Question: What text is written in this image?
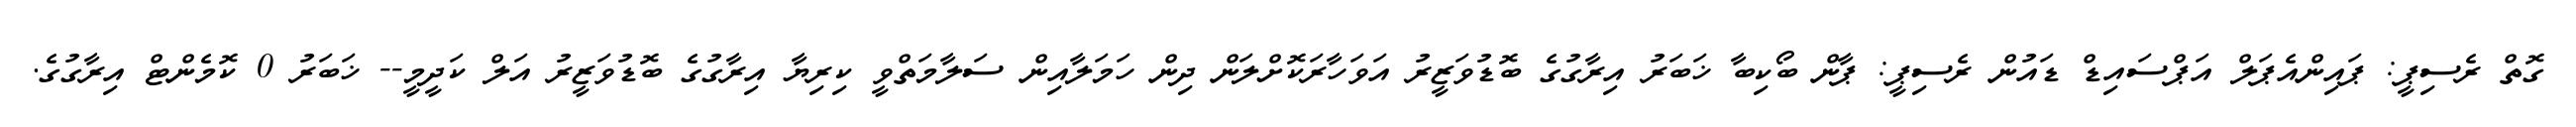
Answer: ގޮތް ރެސިޕީ: ޕައިންއެޕަލް އަޕްސައިޑް ޑައުން ރެސިޕީ: ޕާން ބޯކިބާ ޚަބަރު އިރާގުގެ ބޮޑުވަޒީރު އަވަހާރަކޮށްލަން ދިން ހަމަލާއިން ސަލާމަތްވީ ކިރިޔާ އިރާގުގެ ބޮޑުވަޒީރު އަލް ކަދީމީ-- ޚަބަރު 0 ކޮމެންޓް އިރާގުގެ.